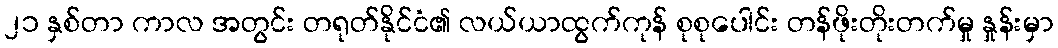
၂၁ နှစ်တာ ကာလ အတွင်း တရုတ်နိုင်ငံ၏ လယ်ယာထွက်ကုန် စုစုပေါင်း တန်ဖိုးတိုးတက်မှု နှုန်းမှာ